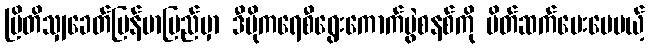
ဗြိတိသျှခေတ်မြန်မာပြည်မှာ ဒီမိုကရေစီရွေးကောက်ပွဲစနစ်ကို မိတ်ဆက်ပေးပေမယ့်